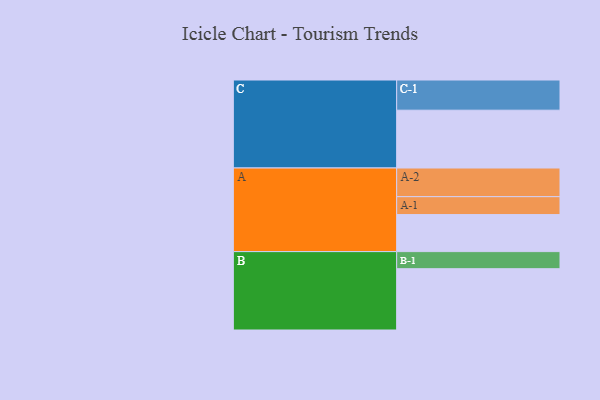
{"axis": {"x": "Segment", "y": "Value"}, "legend": ["", "A", "B", "C"], "data": [{"x": "A", "y": 362, "type": ""}, {"x": "B", "y": 599, "type": ""}, {"x": "C", "y": 565, "type": ""}, {"x": "A-1", "y": 175, "type": "A"}, {"x": "A-2", "y": 280, "type": "A"}, {"x": "B-1", "y": 167, "type": "B"}, {"x": "C-1", "y": 295, "type": "C"}]}